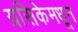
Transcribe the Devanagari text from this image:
ग्रसिकेमधून